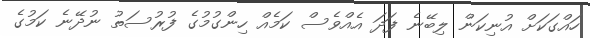
ހައްގަކަށް އުނިކަން ލިބޭނެ ފަދަ އެއްވެސް ކަމެއް ހިންގުމުގެ ފުރުސަތު ނުދޭނެ ކަމުގެ